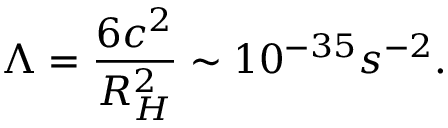
\Lambda = \frac { 6 c ^ { 2 } } { R _ { H } ^ { 2 } } \sim 1 0 ^ { - 3 5 } s ^ { - 2 } .